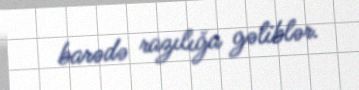
barədə razılığa gəliblər.